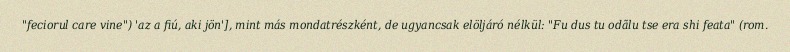
"feciorul care vine") 'az a fiú, aki jön'], mint más mondatrészként, de ugyancsak elöljáró nélkül: "Fu dus tu odãlu tse era shi feata" (rom.